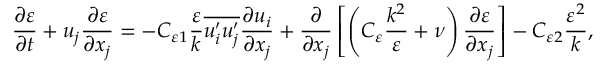
\frac { \partial \varepsilon } { \partial t } + u _ { j } \frac { \partial \varepsilon } { \partial x _ { j } } = - C _ { \varepsilon 1 } \frac { \varepsilon } { k } \overline { { u _ { i } ^ { \prime } u _ { j } ^ { \prime } } } \frac { \partial u _ { i } } { \partial x _ { j } } + \frac { \partial } { \partial x _ { j } } \left[ \left( C _ { \varepsilon } \frac { k ^ { 2 } } { \varepsilon } + \nu \right) \frac { \partial \varepsilon } { \partial x _ { j } } \right] - C _ { \varepsilon 2 } \frac { \varepsilon ^ { 2 } } { k } ,